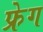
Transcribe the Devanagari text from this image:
फ्रेग